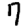
Digit: 7